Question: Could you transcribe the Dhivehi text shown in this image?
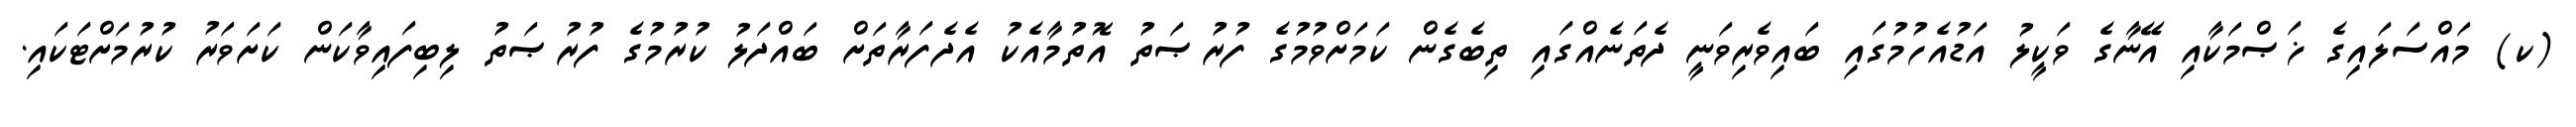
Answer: (ކ) މައްސަލައިގެ ޚަޞްމަކާއި އޭނާގެ ވަކީލު އަޑުއެހުމުގައި ބައިވެރިވަނީ ދެތަނެއްގައި ތިބެގެން ކަމަށްވުމުގެ ފުރުޞަތު އޮތުމާއެކު އެދެފަރާތަށް ބައްދަލު ކުރުމުގެ ފުރުޞަތު ލިބިފައިވާކަން ކަށަވަރު ކުރުމަށްޓަކައި.